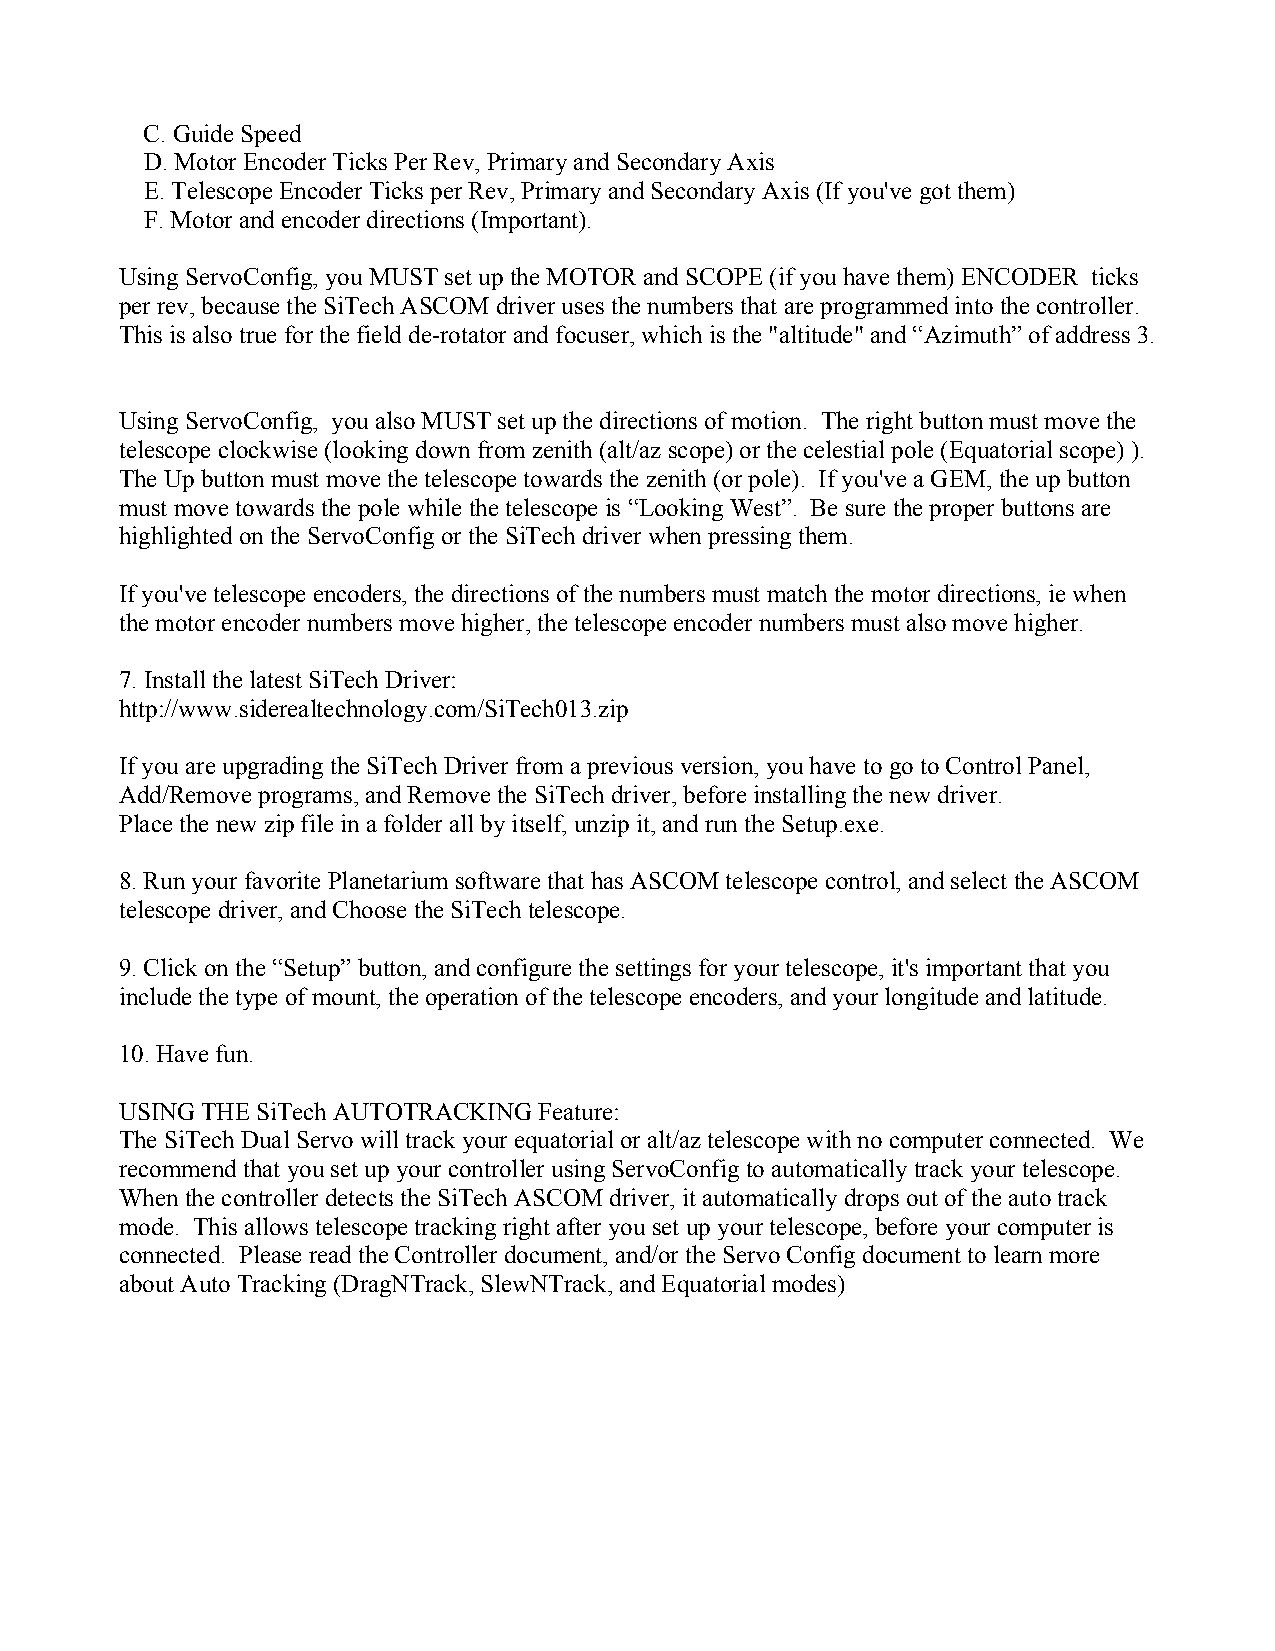
C. Guide Speed
 D. Motor Encoder Ticks Per Rev, Primary and Secondary Axis
 E. Telescope Encoder Ticks per Rev, Primary and Secondary Axis (If you've got them)
 F. Motor and encoder directions (Important).
 Using ServoConfig, you MUST set up the MOTOR and SCOPE (if you have them) ENCODER ticks
 per rev, because the SiTech ASCOM driver uses the numbers that are programmed into the controller.
 This is also true for the field de-rotator and focuser, which is the "altitude" and “Azimuth” of address 3.
 Using ServoConfig, you also MUST set up the directions of motion. The right button must move the
 telescope clockwise (looking down from zenith (alt/az scope) or the celestial pole (Equatorial scope) ).
 The Up button must move the telescope towards the zenith (or pole). If you've a GEM, the up button
 must move towards the pole while the telescope is “Looking West”. Be sure the proper buttons are
 highlighted on the ServoConfig or the SiTech driver when pressing them.
 If you've telescope encoders, the directions of the numbers must match the motor directions, ie when
 the motor encoder numbers move higher, the telescope encoder numbers must also move higher.
 7. Install the latest SiTech Driver:
 http://www.siderealtechnology.com/SiTech013.zip
 If you are upgrading the SiTech Driver from a previous version, you have to go to Control Panel,
 Add/Remove programs, and Remove the SiTech driver, before installing the new driver.
 Place the new zip file in a folder all by itself, unzip it, and run the Setup.exe.
 8. Run your favorite Planetarium software that has ASCOM telescope control, and select the ASCOM
 telescope driver, and Choose the SiTech telescope.
 9. Click on the “Setup” button, and configure the settings for your telescope, it's important that you
 include the type of mount, the operation of the telescope encoders, and your longitude and latitude.
 10. Have fun.
 USING THE SiTech AUTOTRACKING Feature:
 The SiTech Dual Servo will track your equatorial or alt/az telescope with no computer connected. We
 recommend that you set up your controller using ServoConfig to automatically track your telescope.
 When the controller detects the SiTech ASCOM driver, it automatically drops out of the auto track
 mode. This allows telescope tracking right after you set up your telescope, before your computer is
 connected. Please read the Controller document, and/or the Servo Config document to learn more
 about Auto Tracking (DragNTrack, SlewNTrack, and Equatorial modes)